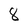
Character: 8